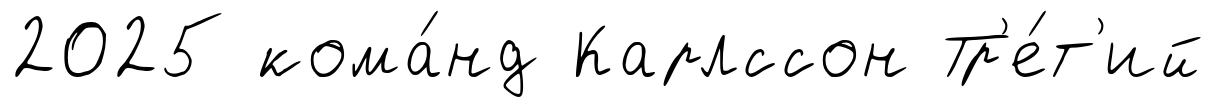
2025 кома́нд Карлссон Тр'е́т'ий